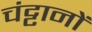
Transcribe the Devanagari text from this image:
चंट्टानों